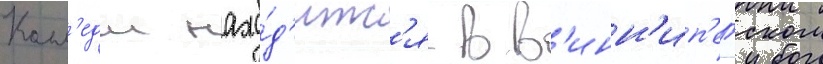
Колл'едж нахо́д'итс'я в в'инн'ип'егском